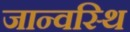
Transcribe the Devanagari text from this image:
जान्वस्थि